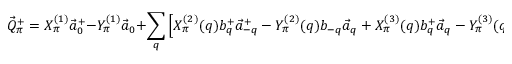
\vec { Q } _ { \pi } ^ { + } = X _ { \pi } ^ { ( 1 ) } \vec { a } _ { 0 } ^ { + } - Y _ { \pi } ^ { ( 1 ) } \vec { a } _ { 0 } + \sum _ { q } \left[ X _ { \pi } ^ { ( 2 ) } ( q ) b _ { q } ^ { + } \vec { a } _ { - q } ^ { + } - Y _ { \pi } ^ { ( 2 ) } ( q ) b _ { - q } \vec { a } _ { q } + X _ { \pi } ^ { ( 3 ) } ( q ) b _ { q } ^ { + } \vec { a } _ { q } - Y _ { \pi } ^ { ( 3 ) } ( q ) b _ { q } \vec { a } _ { - q } ^ { + } \right] . ~ ~